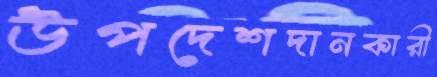
উপদেশদানকারী